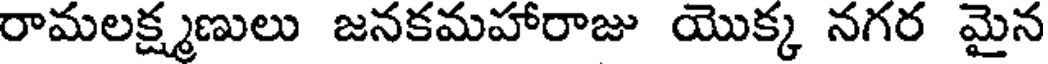
రామలక్ష్మణులు జనకమహారాజు యొక్క నగర మైన